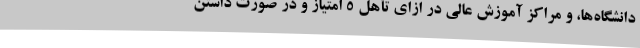
دانشگاه‌ها، و مراکز آموزش عالی در ازای تأهل ۵ امتیاز و در صورت داشتن